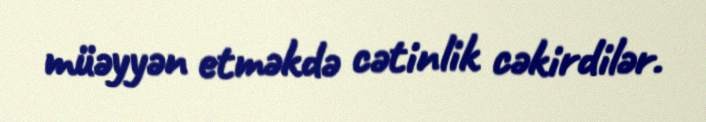
müəyyən etməkdə cətinlik cəkirdilər.